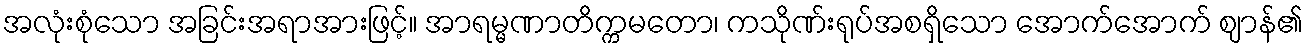
အလုံးစုံသော အခြင်းအရာအားဖြင့်။ အာရမ္မဏာတိက္ကမတော၊ ကသိုဏ်းရုပ်အစရှိသော အောက်အောက် ဈာန်၏